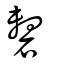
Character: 礊